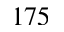
1 7 5